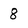
Character: 8